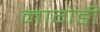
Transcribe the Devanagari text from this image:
नागेडी